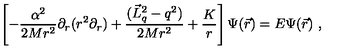
\left[ - \frac { \alpha ^ { 2 } } { 2 M r ^ { 2 } } \partial _ { r } ( r ^ { 2 } \partial _ { r } ) + \frac { ( \vec { L } _ { q } ^ { 2 } - q ^ { 2 } ) } { 2 M r ^ { 2 } } + \frac K r \right] \Psi ( \vec { r } ) = E \Psi ( \vec { r } ) \ ,